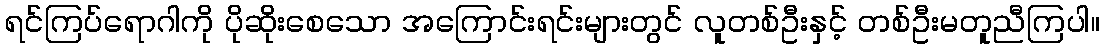
ရင်ကြပ်ရောဂါကို ပိုဆိုးစေသော အကြောင်းရင်းများတွင် လူတစ်ဦးနှင့် တစ်ဦးမတူညီကြပါ။